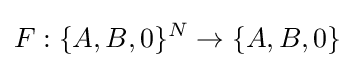
F:\{A,B,0\}^{N}\to \{A,B,0\}